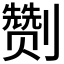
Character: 𭄛